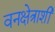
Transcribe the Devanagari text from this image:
वनक्षेत्राशी